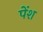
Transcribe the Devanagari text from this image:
पेंश